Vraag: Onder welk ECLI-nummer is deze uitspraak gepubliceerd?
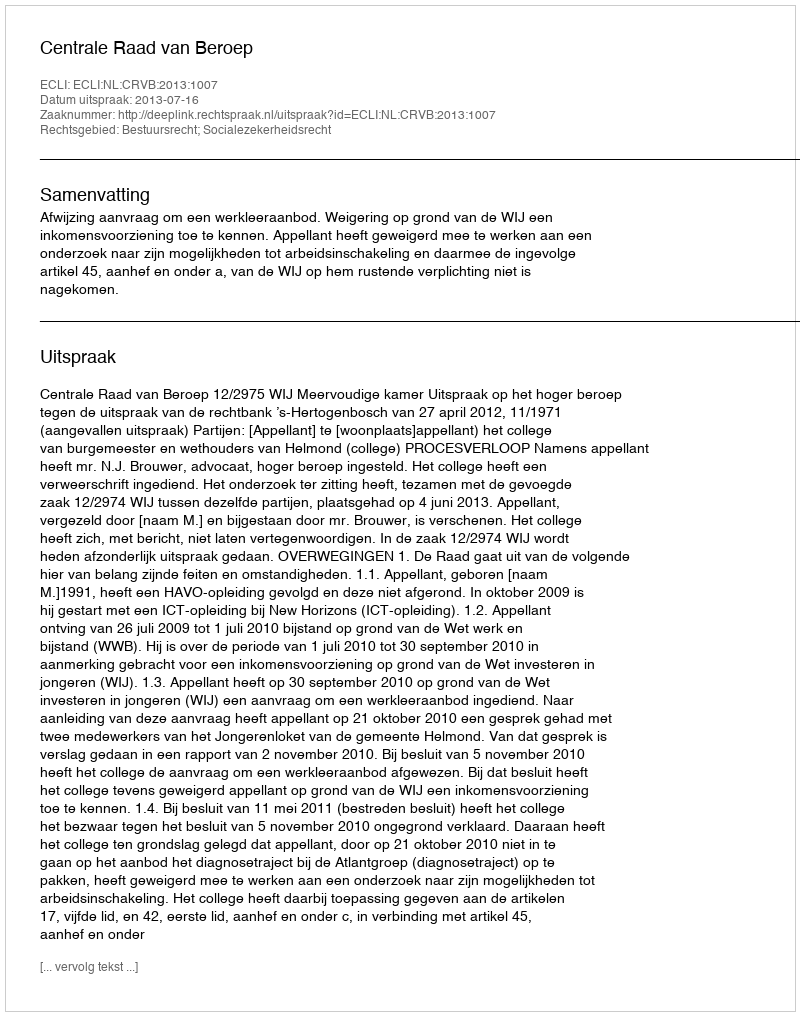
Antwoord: ECLI:NL:CRVB:2013:1007